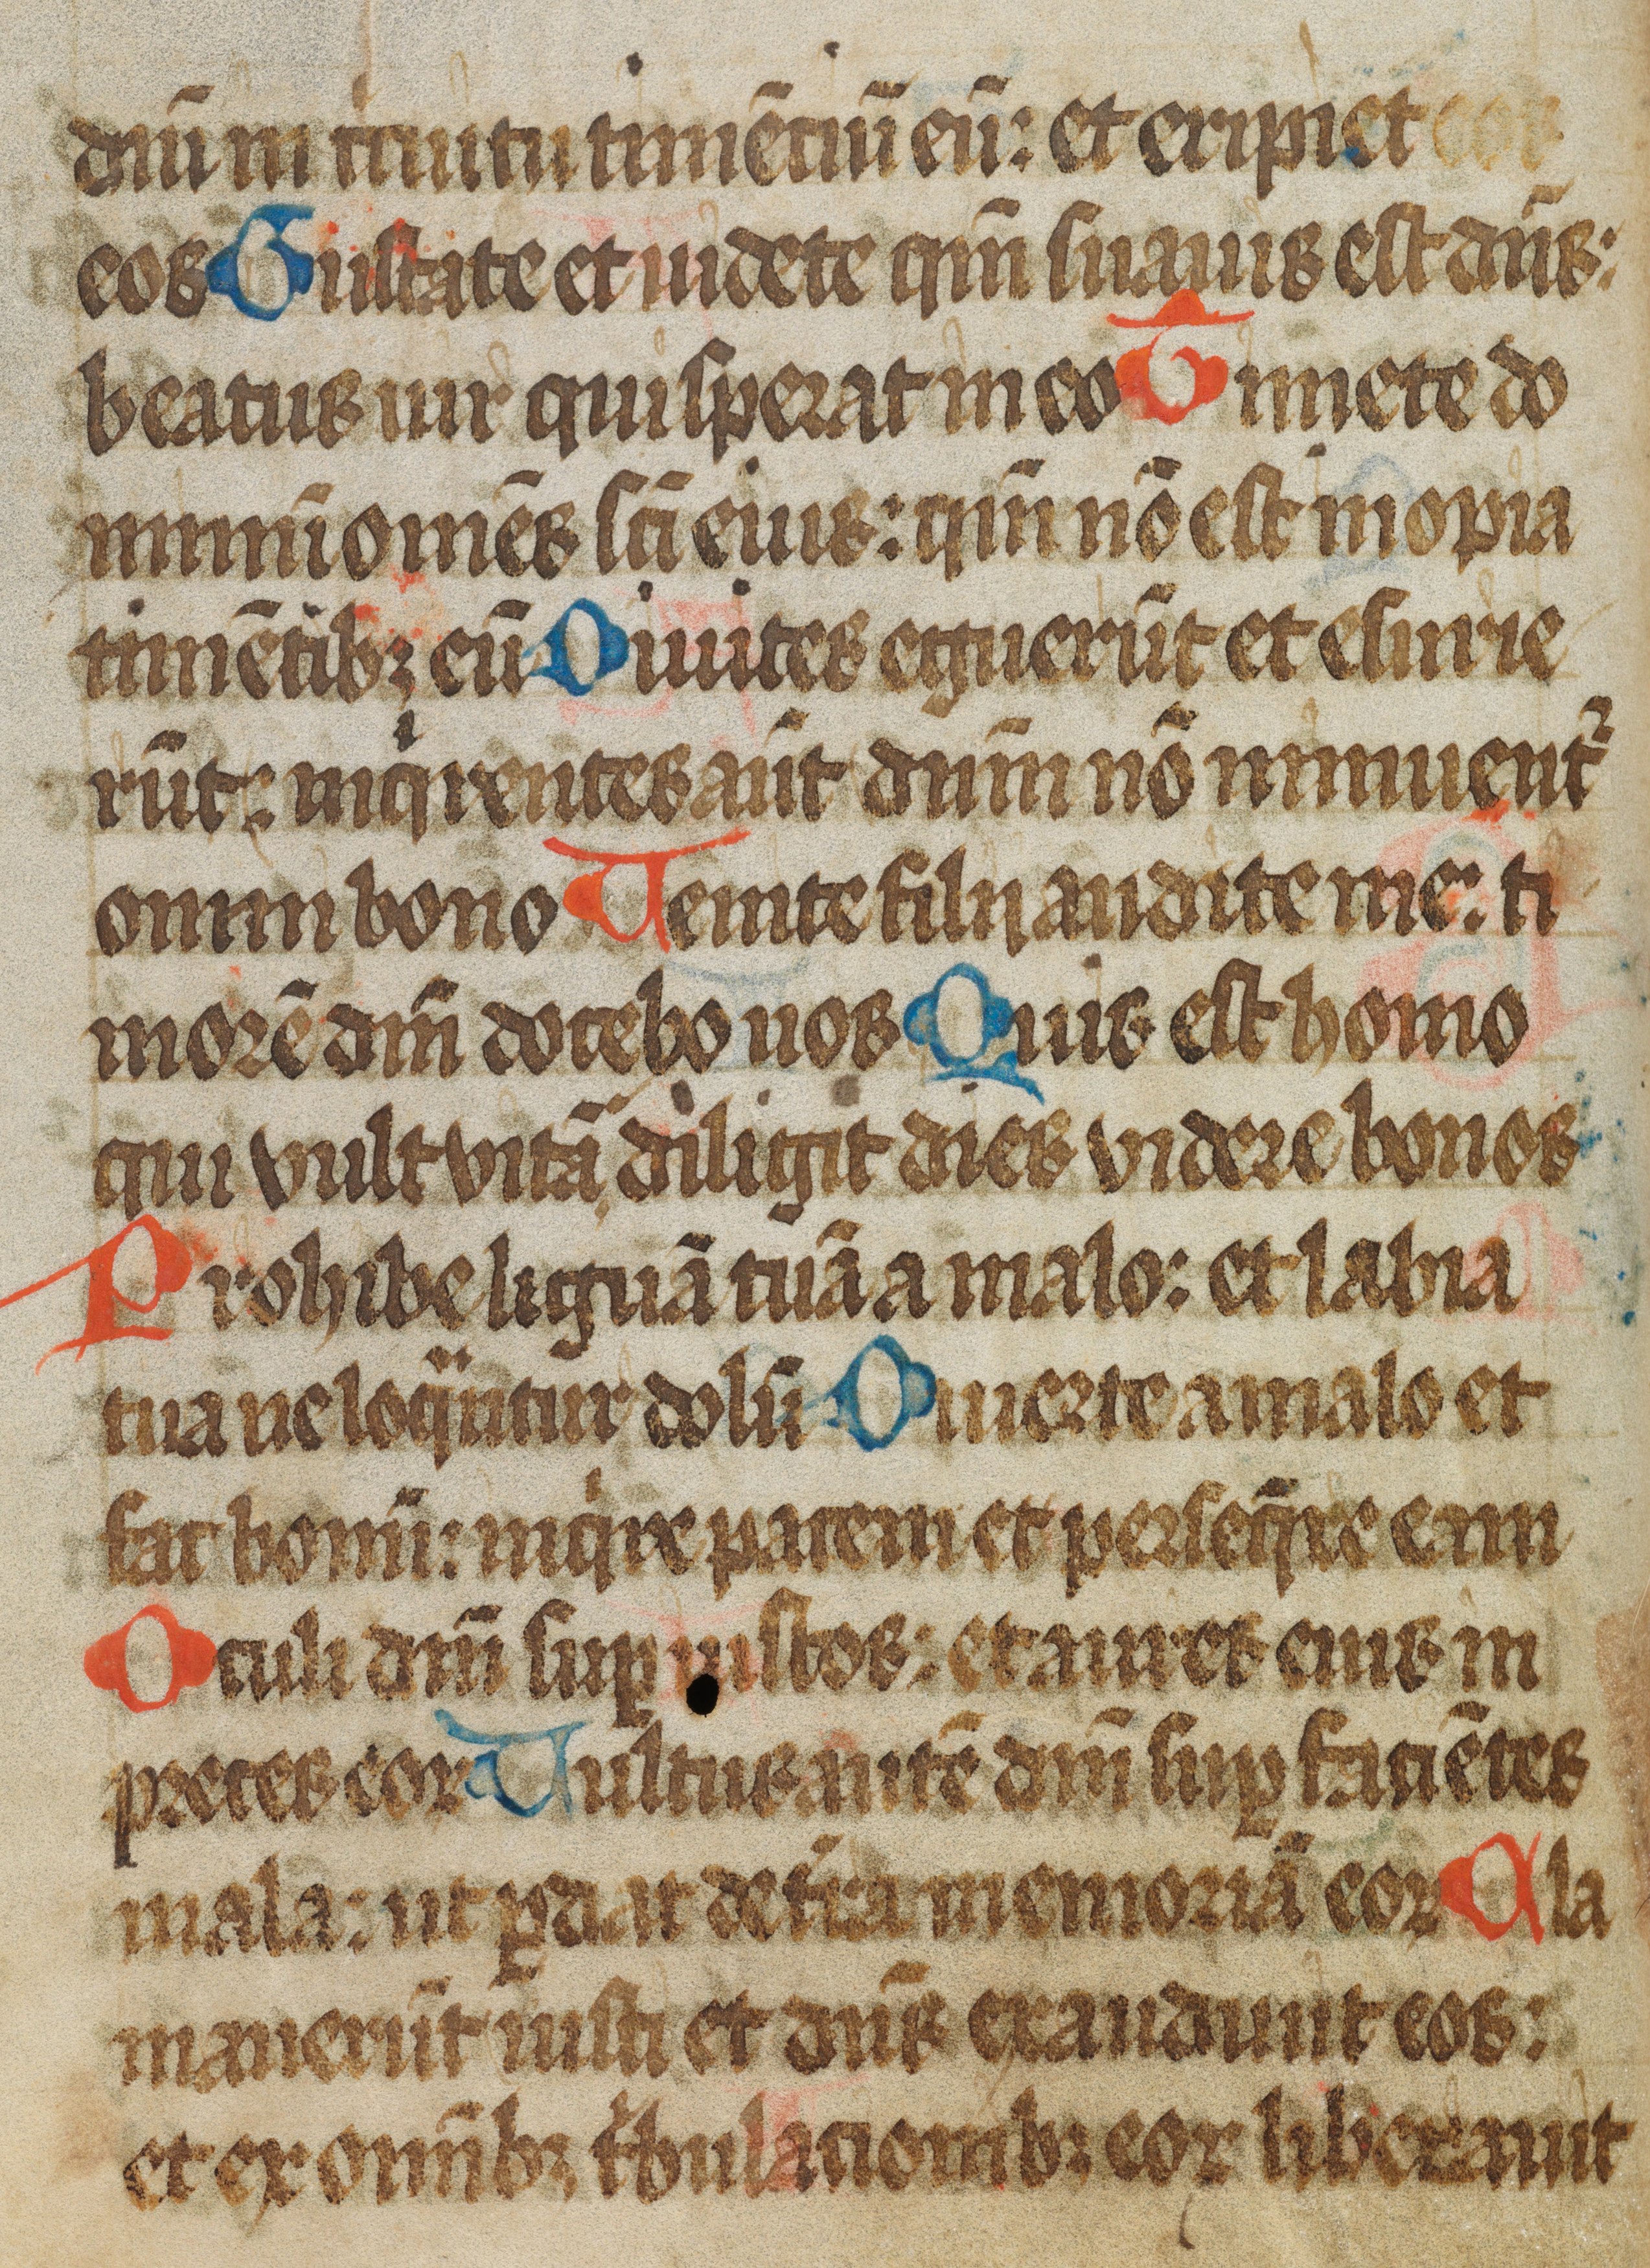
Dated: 1450–1499